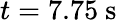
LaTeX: t=7.75~\mathrm{s}